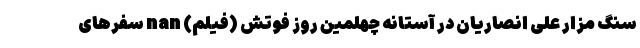
سنگ مزار علی انصاریان در آستانه چهلمین روز فوتش (فیلم) nan سفرهای